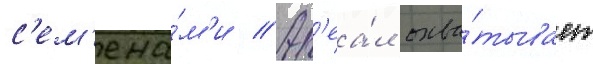
с'ем'ена́м'и // Ар'еа́л охва́тывает